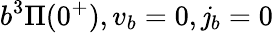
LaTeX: b^{3}\Pi(0^{+}),v_{b}=0,\mathit{j}_{b}=0